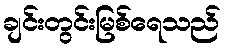
ချင်းတွင်းမြစ်ရေသည်